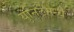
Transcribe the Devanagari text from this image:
युनिटमध्ये